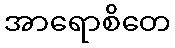
အာရောစိတေ